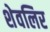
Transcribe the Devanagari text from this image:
शेवलिर